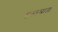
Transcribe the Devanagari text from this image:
हस्तमाता